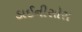
ડાઈનીસોસ